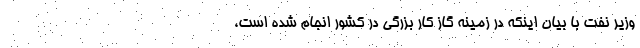
وزیر نفت با بیان اینکه در زمینه گاز کار بزرگی در کشور انجام شده است،